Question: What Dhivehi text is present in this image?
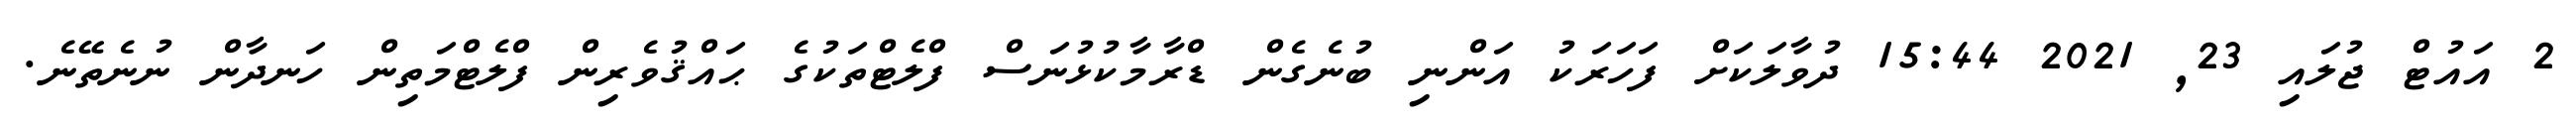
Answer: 2 އައުޓް ޖުލައި 23, 2021 15:44 ދުވާލަކަށް ފަހަރަކު އަންނި ބުނެގެން ޑްރާމާކުޅުނަސް ފްލެޓްތަކުގެ ޙައްޤުވެރިން ފްލެޓްމަތިން ހަނދާން ނުނެތޭނެ.